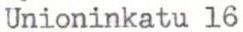
Unioninkatu 16